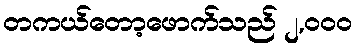
တကယ်တော့ဖောက်သည် ၂,၀၀၀